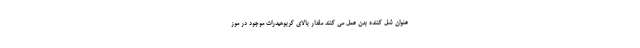
عنوان شل کننده بدن عمل می کنند مقدار بالای کربوهیدرات موجود در موز